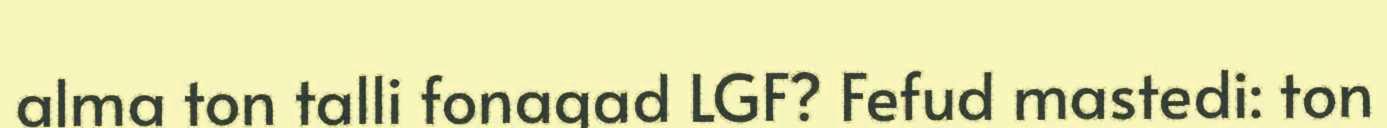
alma ton talli fonagad LGF? Fefud mastedi: ton